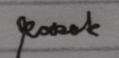
Signature authenticity: genuine